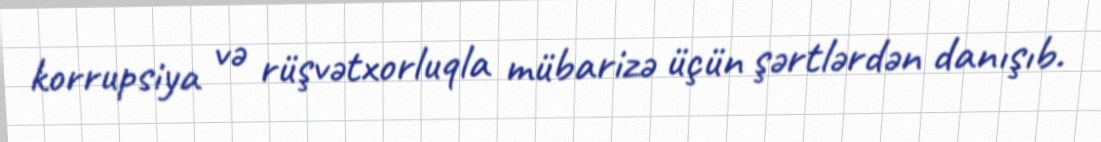
korrupsiya və rüşvətxorluqla mübarizə üçün şərtlərdən danışıb.